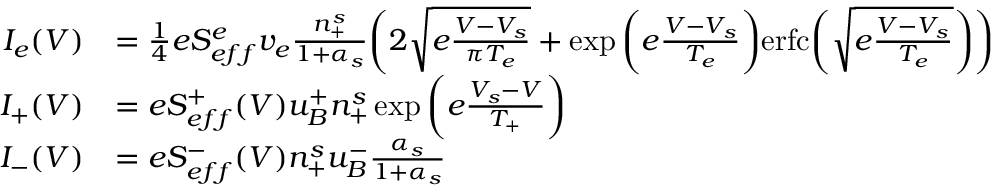
\begin{array} { r l } { I _ { e } ( V ) } & { = \frac { 1 } { 4 } e S _ { e f f } ^ { e } v _ { e } \frac { n _ { + } ^ { s } } { 1 + \alpha _ { s } } \bigg ( 2 \sqrt { e \frac { V - V _ { s } } { \pi T _ { e } } } + \exp { \bigg ( e \frac { V - V _ { s } } { T _ { e } } } \bigg ) \mathrm { e r f c } \bigg ( { \sqrt { e \frac { V - V _ { s } } { T _ { e } } } } \bigg ) \bigg ) } \\ { I _ { + } ( V ) } & { = e S _ { e f f } ^ { + } ( V ) u _ { B } ^ { + } n _ { + } ^ { s } \exp \bigg ( { e \frac { V _ { s } - V } { T _ { + } } } \bigg ) } \\ { I _ { - } ( V ) } & { = e S _ { e f f } ^ { - } ( V ) n _ { + } ^ { s } u _ { B } ^ { - } \frac { \alpha _ { s } } { 1 + \alpha _ { s } } } \end{array}